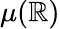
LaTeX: \mu(\mathbb{R})